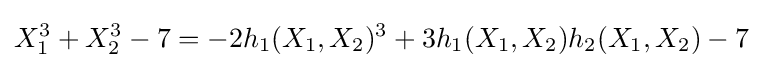
X_{1}^{3}+X_{2}^{3}-7=-2h_{1}(X_{1},X_{2})^{3}+3h_{1}(X_{1},X_{2})h_{2}(X_{1},X_{2})-7